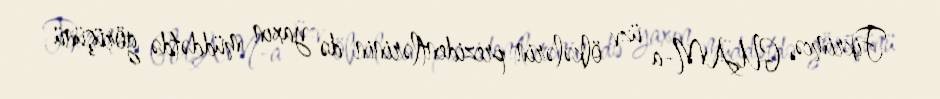
Fikrimcə, GUAM-a üzv ölkələrin prezidentlərinin də yaxın müddətdə görüşünü